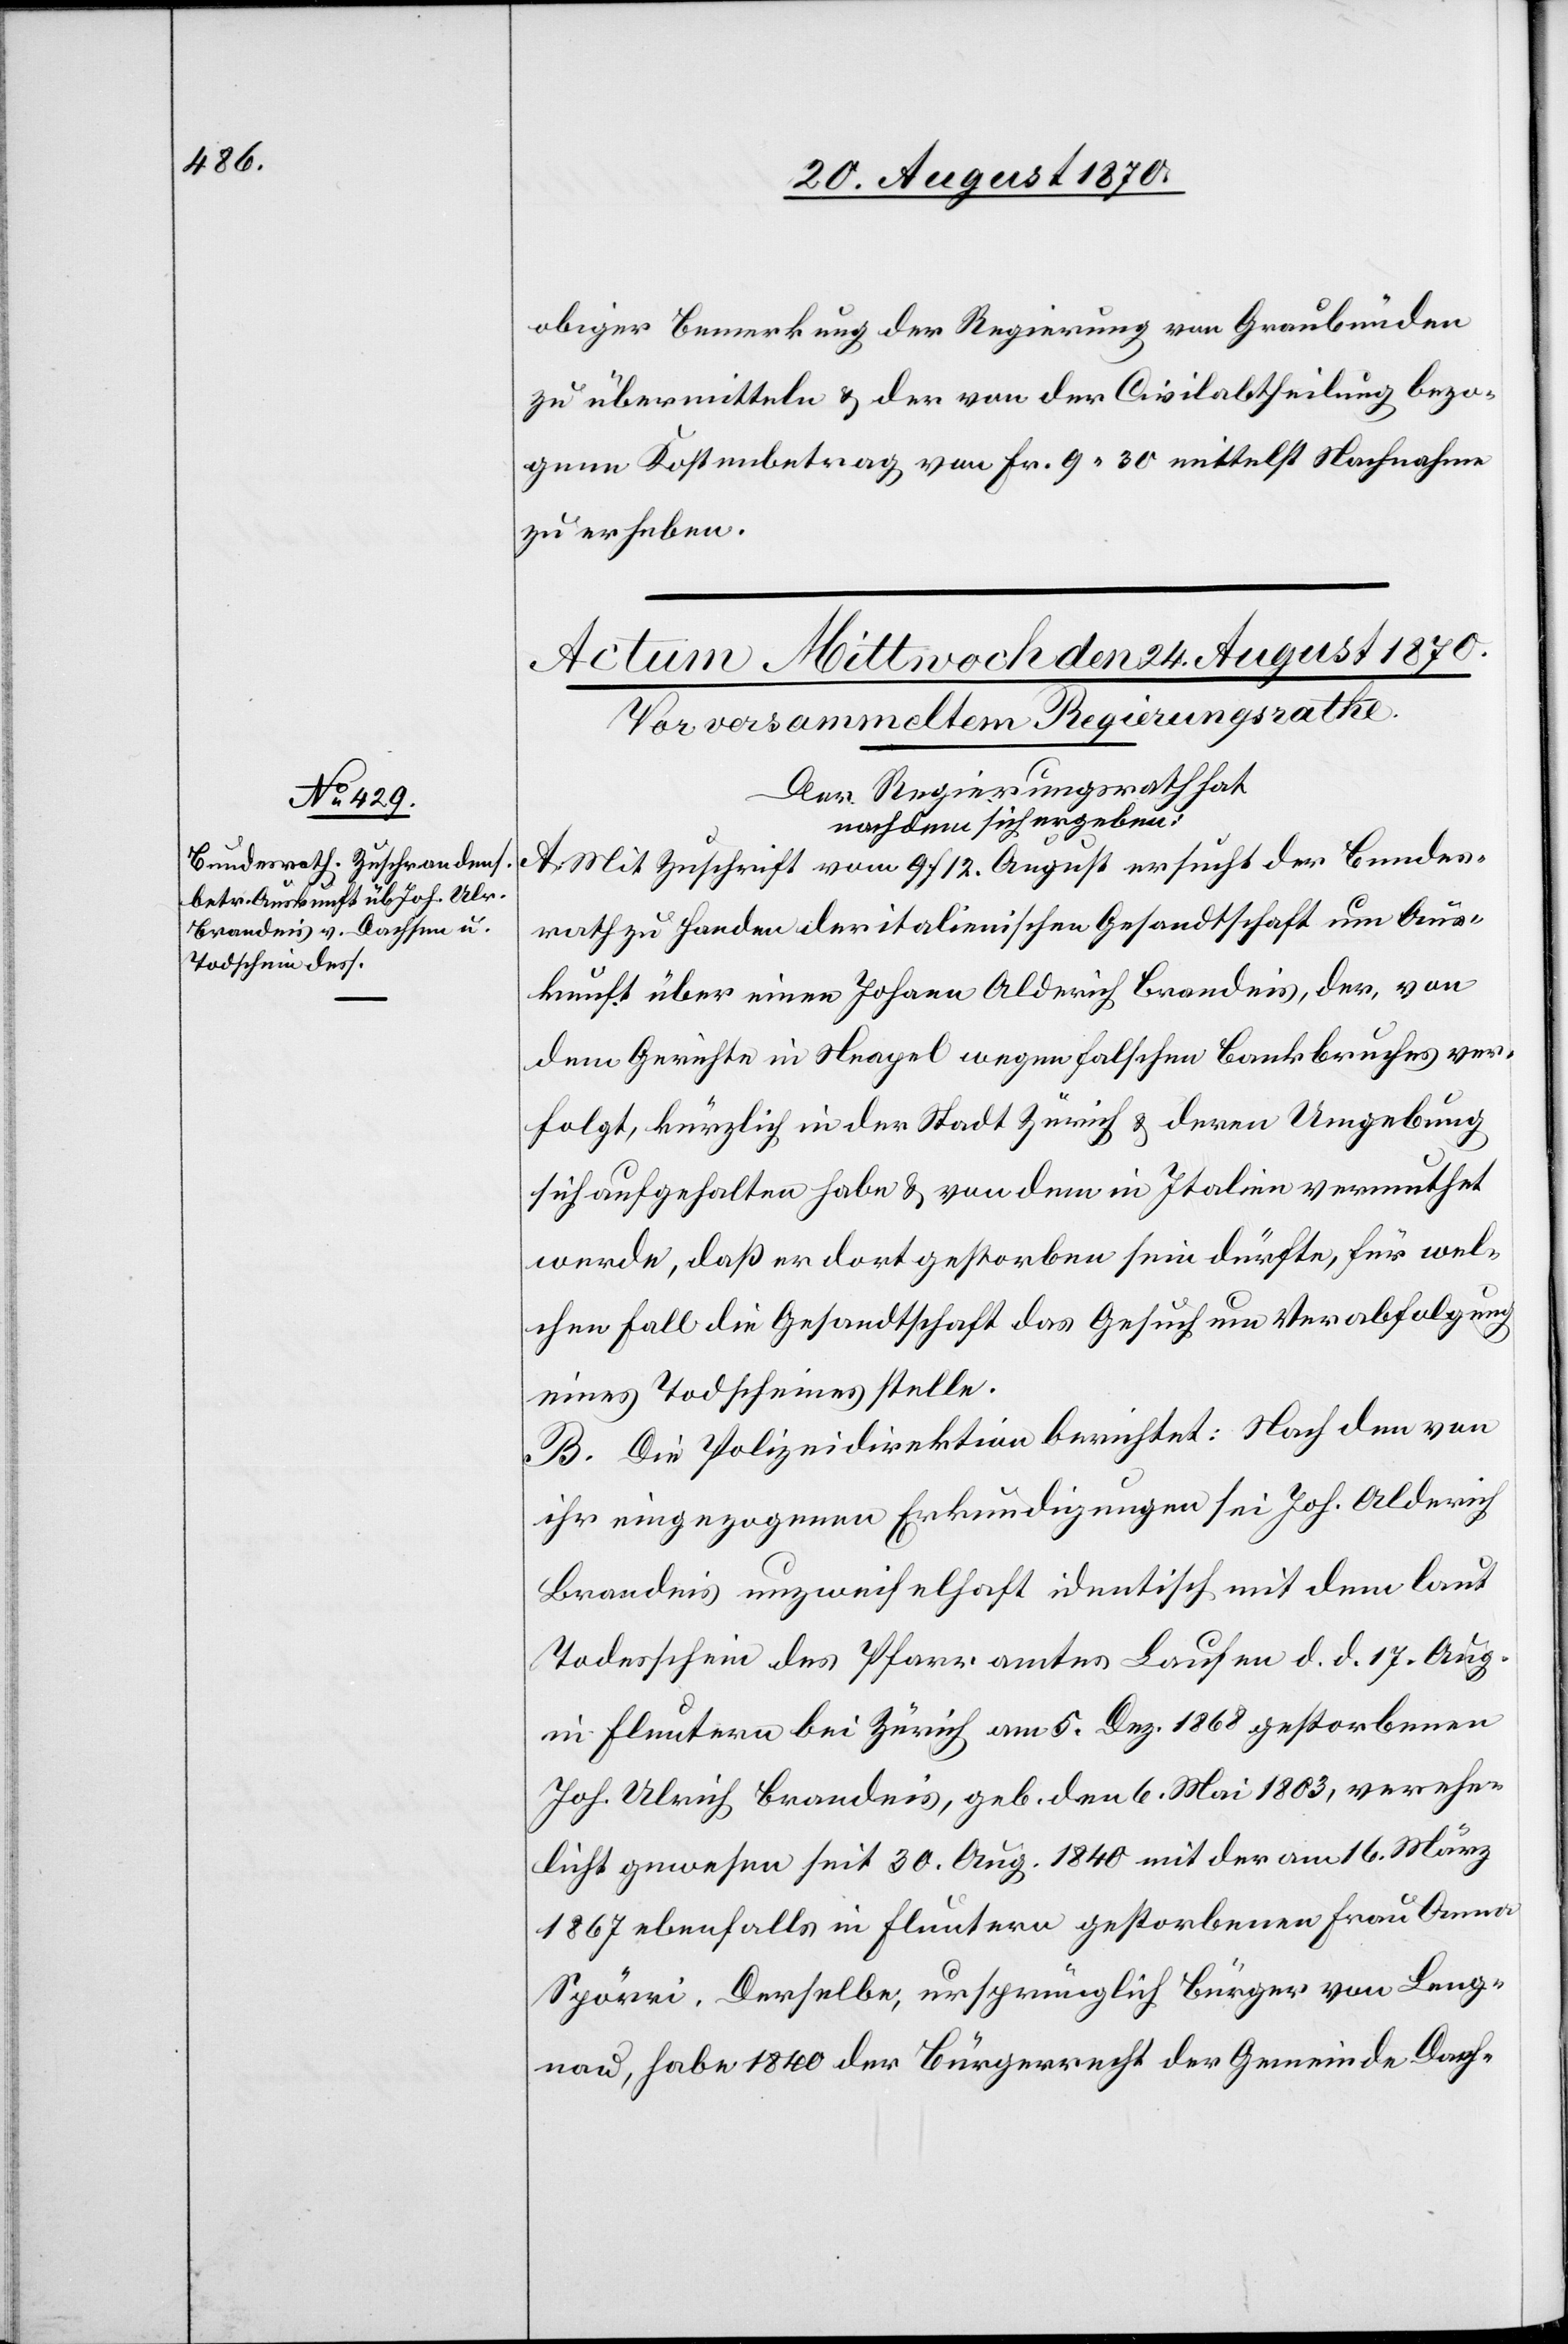
obiger Bemerkung der Regierung von Graubünden
zu übermitteln & der von der Civilabtheilung bezo¬
gene Kostenbetrag von Fr. 9.30 mittelst Nachnahme
zu erheben.
Der Regierungsrath hat
nachdem sich ergeben:
A. Mit Zuschrift vom 9./12. August ersucht der Bundes¬
rath zu Handen der italienischen Gesandtschaft um Aus¬
kunft über einen Johann Alderich Brandeis, der, von
dem Gerichte in Neapel wegen falschen Bankbruches ver¬
folgt, kürzlich in der Stadt Zürich & deren Umgebung
sich aufgehalten habe & von dem in Italien vermuthet
werde, daß er dort gestorben sein dürfte, für wel¬
chen Fall die Gesandtschaft das Gesuch um Verabfolgung
eines Todscheines stelle.
B. Die Polizeidirektion berichtet: Nach den von
ihr eingezogenen Erkundigungen sei Joh. Alderich
Brandeis unzweifelhaft identisch mit dem laut
Todesschein des Pfarramtes Laufen d. d. 17. Aug.
in Fluntern bei Zürich am 5. Dez. 1868 gestorbenen
Joh. Ulrich Brandeis, geb. den 6. Mai 1803, verehe¬
licht gewesen seit 30. Aug. 1840 mit der am 16. März
1867 ebenfalls in Fluntern gestorbenen Frau Anna
Spörri. Derselbe, ursprünglich Bürger von Lengnau